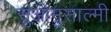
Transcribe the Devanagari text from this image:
सुओमुसाल्मी